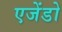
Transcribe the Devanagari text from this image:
एजेंडो